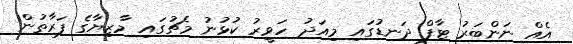
އެއް ނަންބަރު ޓާފް ދަނޑުގައި މިއަދު ހަވީރު ކުޅުނު މެޗުގައި މާޒިޔާގެ ފަރާތުން